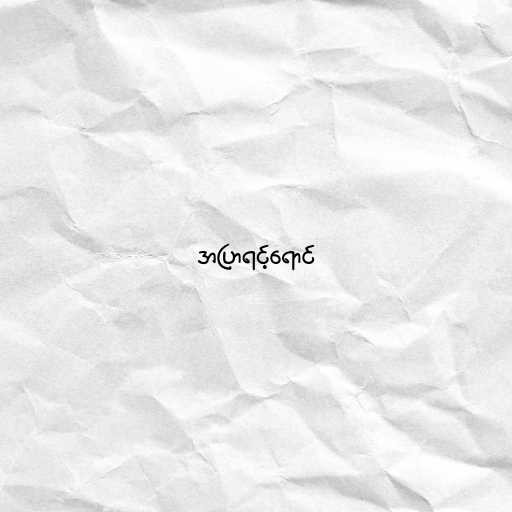
အပြာရင့်ရောင်